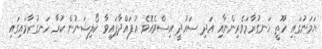
ޔަމަނުގައި ހޫތީ ހަނގުރާމަވެރިންނާއި އަދި ސައުދީ އިސްވެއޮވެ އުފައްދާފައިވާ ކޯލިޝަނުން ކުރާ ހަނގުރާމައިގައި